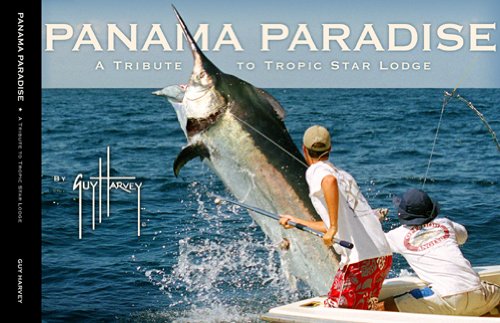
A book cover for Panama Paradise: A Tribute to Tropic Star; Guy Harvey; Travel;